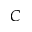
C